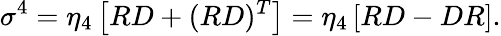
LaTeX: \sigma^{4}={\eta_{4}}\left[RD+(RD)^{T}\right]={\eta_{4}}\left[RD-DR\right].